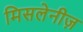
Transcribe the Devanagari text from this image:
मिसलेनीज़